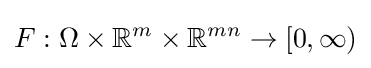
F:\Omega \times \mathbb {R} ^{m}\times \mathbb {R} ^{mn}\to [0,\infty )